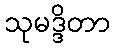
သုမဒ္ဒိတာ